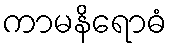
ကာမနိရောဓံ